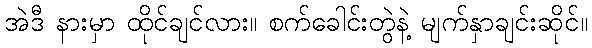
အဲဒီ နားမှာ ထိုင်ချင်လား။ စက်ခေါင်းတွဲနဲ့ မျက်နှာချင်းဆိုင်။